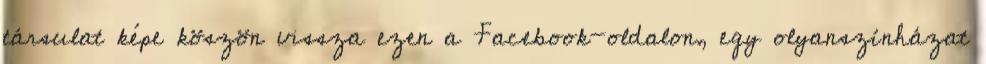
társulat képe köszön vissza ezen a Facebook-oldalon, egy olyanszínházat